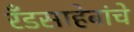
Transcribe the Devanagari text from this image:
रँडसाहेबांचे